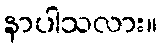
နာပါသလား။